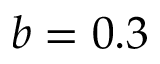
b = 0 . 3